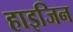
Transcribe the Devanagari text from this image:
हाइजिन